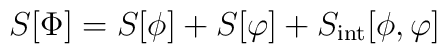
S[\Phi] = S[\phi]+S[\varphi]+S_{\rm int}[\phi,\varphi]